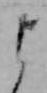
よ